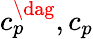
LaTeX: c_{p}^{\dag},c_{p}